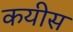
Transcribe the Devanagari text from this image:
कयीस